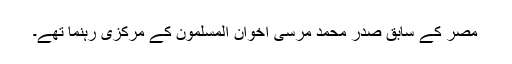
مصر کے سابق صدر محمد مرسی اخوان المسلمون کے مرکزی رہنما تھے۔